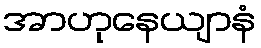
အာဟုနေယျာနံ